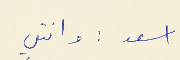
اسعد : وانتي